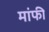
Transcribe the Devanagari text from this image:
मांफी